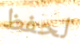
لحفظ